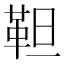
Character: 靼